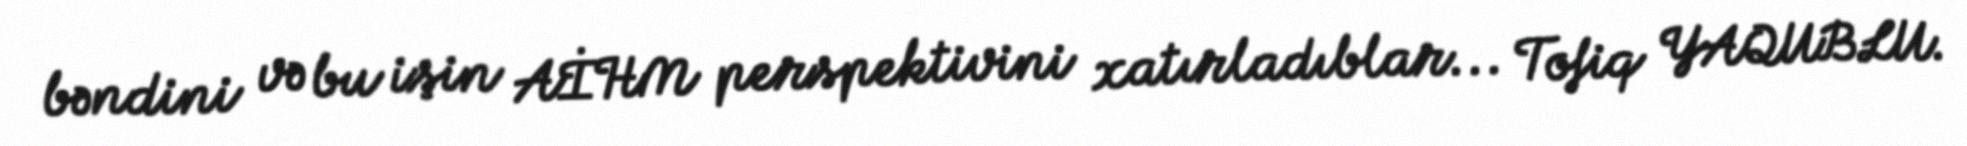
bəndini və bu işin AİHM perspektivini xatırladıblar... Tofiq YAQUBLU.